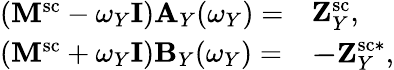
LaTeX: \begin{array}{r}{\begin{array}{cc}{(\mathbf{M^{\mathrm{sc}}}-\omega_{Y}\textbf{I})}\\ {(\mathbf{M^{\mathrm{sc}}}+\omega_{Y}\textbf{I})}\end{array}\begin{array}{l}{\mathbf{A}_{Y}(\omega_{Y})=}\\ {\mathbf{B}_{Y}(\omega_{Y})=}\end{array}\begin{array}{l}{\begin{array}{rl}&{\mathbf{Z}_{Y}^{\mathrm{sc}},}\\ &{\mathbf{-Z}_{Y}^{\mathrm{sc}*},}\end{array}}\end{array}}\end{array}